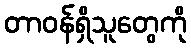
တာဝန်ရှိသူတွေကို